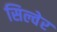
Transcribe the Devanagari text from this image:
सिल्वेर